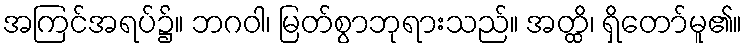
အကြင်အရပ်၌။ ဘဂဝါ၊ မြတ်စွာဘုရားသည်။ အတ္ထိ၊ ရှိတော်မူ၏။